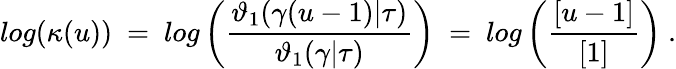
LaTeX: log(\kappa(u))~=~log\left({\frac{\vartheta_{1}(\gamma(u-1)|\tau)}{\vartheta_{1}(\gamma|\tau)}}\right)~=~log\left({\frac{[u-1]}{[1]}}\right)\ .